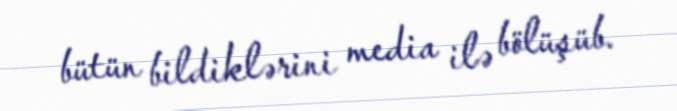
bütün bildiklərini media ilə bölüşüb.